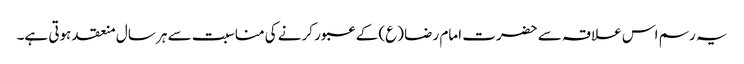
یہ رسم اس علاقہ سے حضرت امام رضا (ع) کے عبور کرنے کی مناسبت سے ہر سال منعقد ہوتی ہے۔